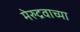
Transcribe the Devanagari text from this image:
मेरुद्रवाच्या